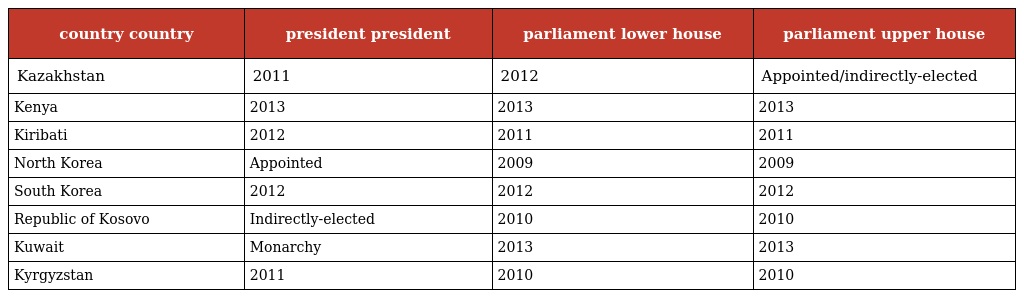
| country country | president president | parliament lower house | parliament upper house |
 | --- | --- | --- | --- |
 | Kazakhstan | 2011 | 2012 | Appointed/indirectly-elected |
 | Kenya | 2013 | 2013 | 2013 |
 | Kiribati | 2012 | 2011 | 2011 |
 | North Korea | Appointed | 2009 | 2009 |
 | South Korea | 2012 | 2012 | 2012 |
 | Republic of Kosovo | Indirectly-elected | 2010 | 2010 |
 | Kuwait | Monarchy | 2013 | 2013 |
 | Kyrgyzstan | 2011 | 2010 | 2010 |